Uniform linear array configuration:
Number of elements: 32
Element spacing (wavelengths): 0.75
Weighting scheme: exponential
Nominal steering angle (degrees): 60
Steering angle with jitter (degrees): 58.143
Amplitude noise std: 0.05
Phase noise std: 0.05

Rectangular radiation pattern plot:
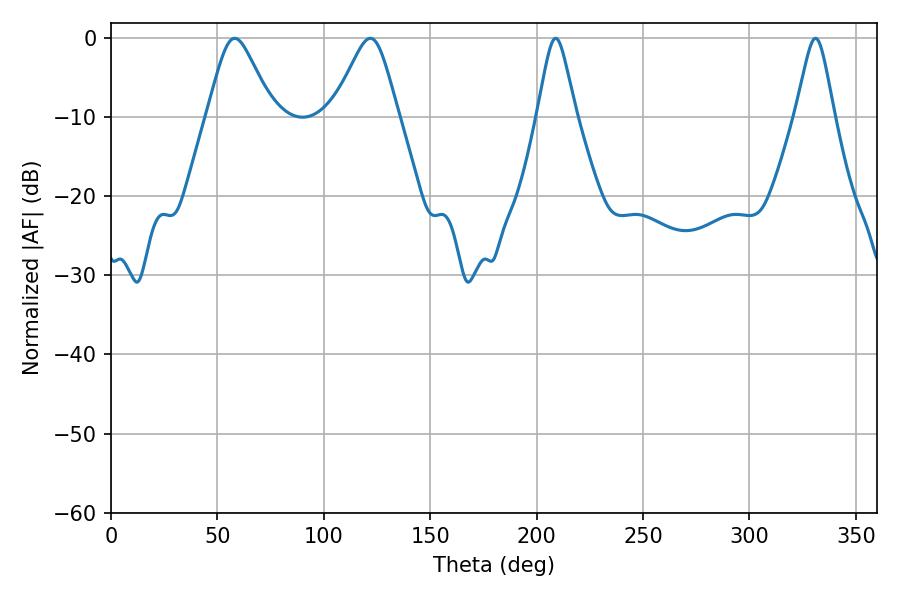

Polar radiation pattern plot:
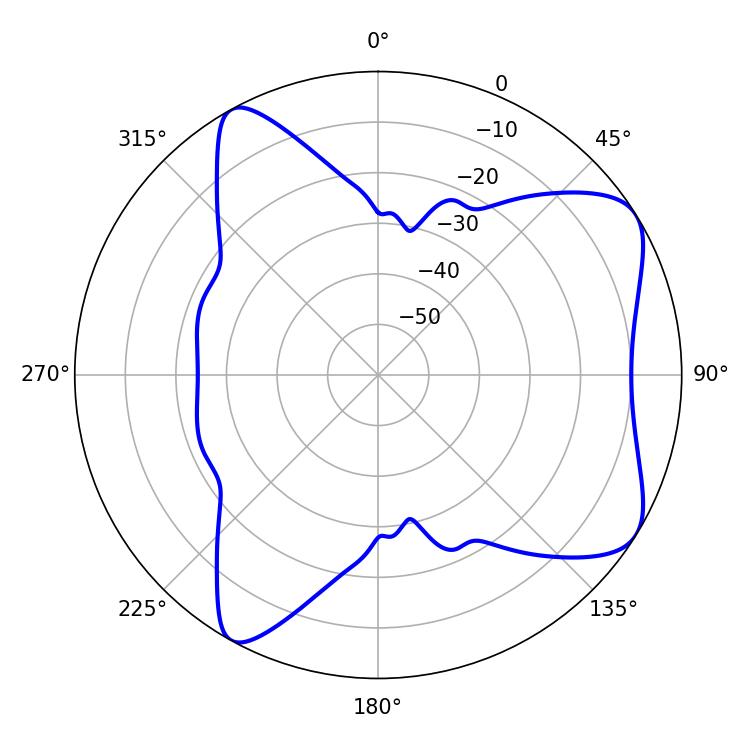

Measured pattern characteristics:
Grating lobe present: TRUE
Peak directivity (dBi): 7.194
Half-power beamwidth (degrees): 14.94
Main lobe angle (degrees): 58.14